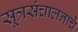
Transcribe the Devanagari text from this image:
सूत्रसंचालनाचे